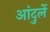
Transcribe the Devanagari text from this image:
आंदुर्ले